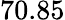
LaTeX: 70.85